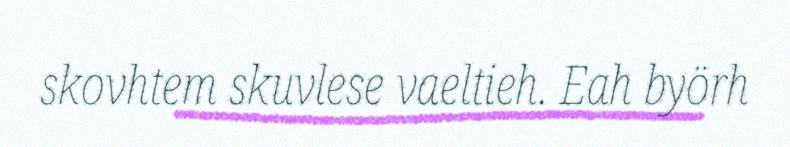
skovhtem skuvlese vaeltieh. Eah byörh